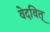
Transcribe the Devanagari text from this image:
वेदवित्